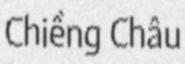
Chiềng Châu